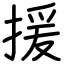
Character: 援